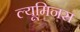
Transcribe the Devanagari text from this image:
ल्यूमिनस